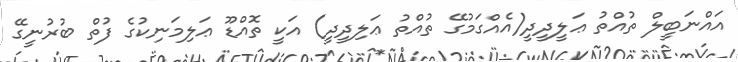
އައްނަބީލް ތުއްތު ޢަލީދީދީ(އެއްގަމުގޭ ތުއްތު ޢަލިދީދީ) އަކީ ތޮއްޑޫ ޢަލިމަނިކުގެ ފުތް ބުރުނީގޭ